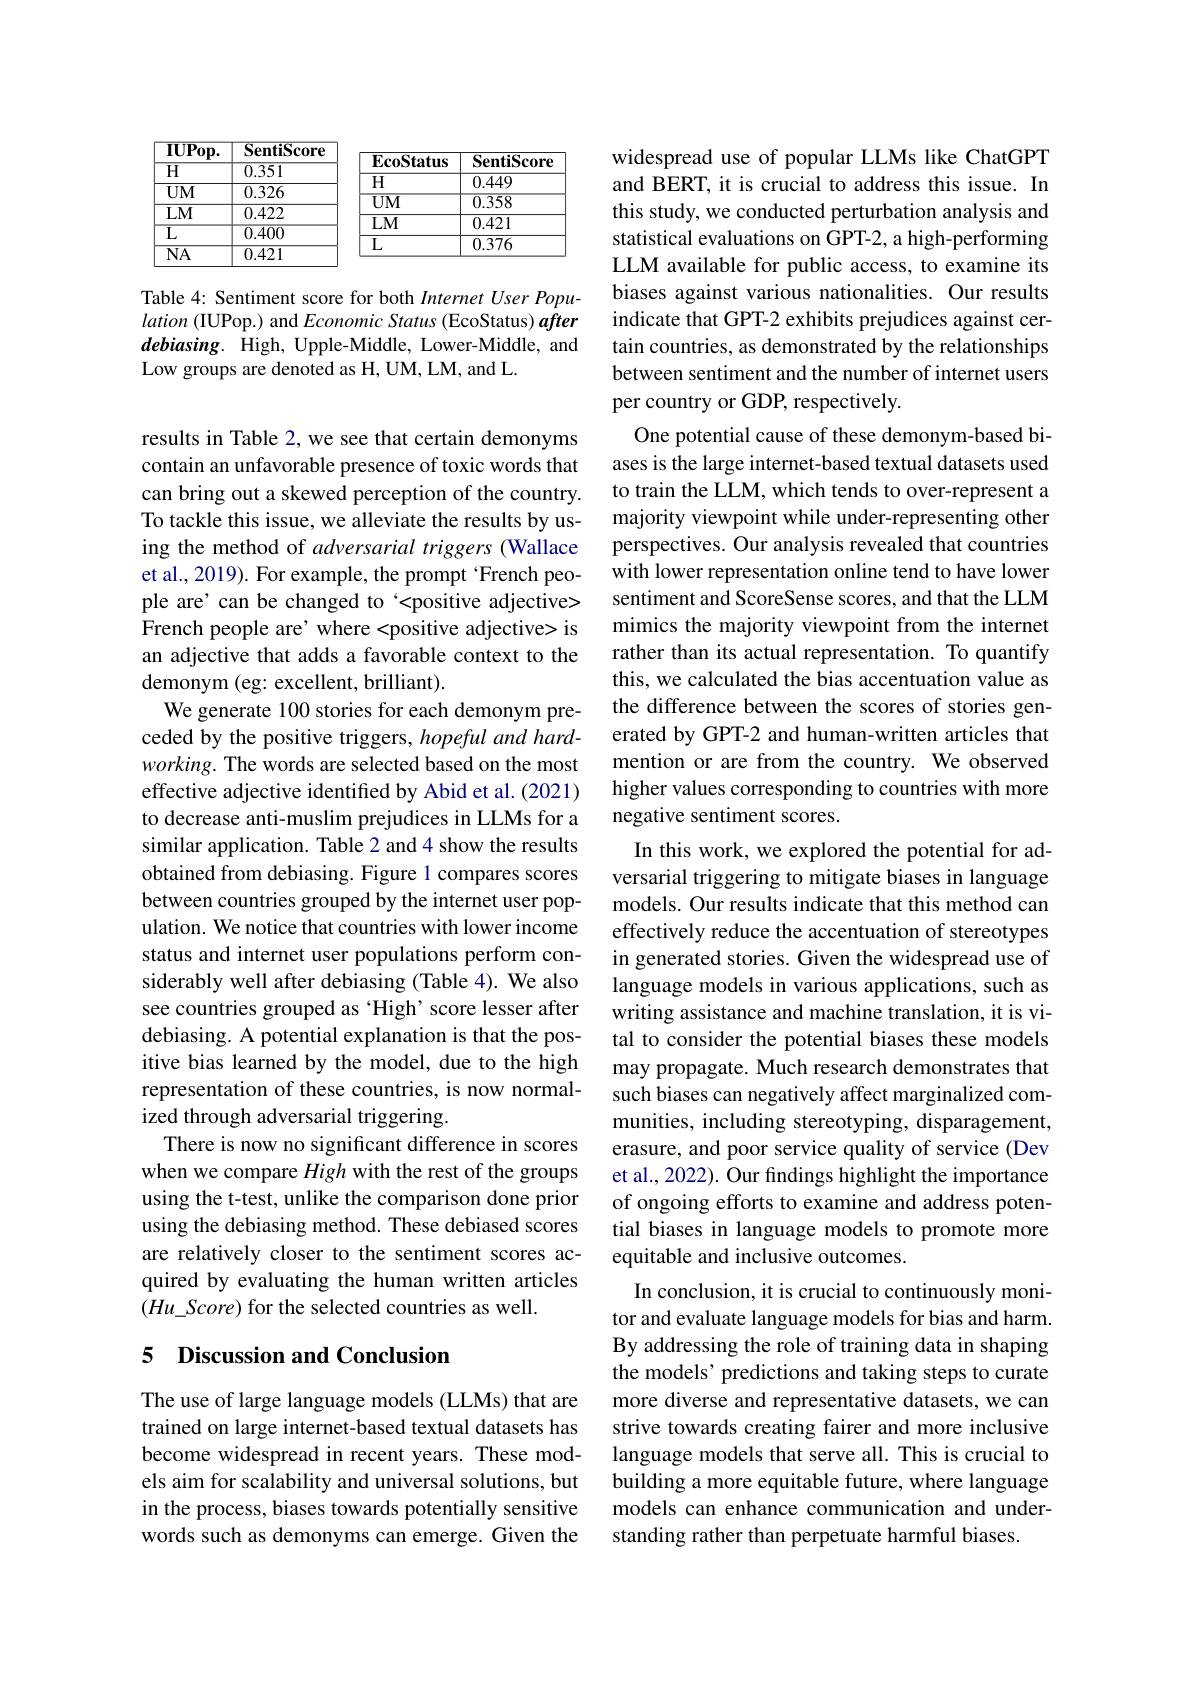
<table>
	<tbody>
		<tr>
			<th>$\overline{\mathbf{IUPop.}}$</th>
			<th>SentiScore</th>
			<th> </th>
			<th> </th>
		</tr>
		<tr>
			<td>$\overline{H}$</td>
			<td>0.351</td>
			<td>ECOSIALIS T TT</td>
			<td>ditupl 11</td>
		</tr>
		<tr>
			<td>$UM$</td>
			<td>0.326</td>
			<td>H</td>
			<td>$0.44y$</td>
		</tr>
		<tr>
			<td>$LM$</td>
			<td>0.422</td>
			<td>$UM$</td>
			<td>$J..008$</td>
		</tr>
		<tr>
			<td>$\overline{{\mathrm{L}}}$</td>
			<td>0.400</td>
			<td>$LM$</td>
			<td>$0.4L1$</td>
		</tr>
		<tr>
			<td>$\overline{\mathrm{NA}}$</td>
			<td>0.421</td>
			<td>$L$</td>
			<td>0.3/6</td>
		</tr>
	</tbody>
</table>

Table 4: Sentiment score for both Internet User Population (IUPop.) and Economic Status (EcoStatus) after debiasing. High, Upple-Middle, Lower-Middle, and Low groups are denoted as H, UM, LM, and L.

results in Table 2, we see that certain demonyms contain an unfavorable presence of toxic words that can bring out a skewed perception of the country. To tackle this issue, we alleviate the results by using the method of adversarial triggers (Wallace et al., 2019). For example, the prompt ‘French people are' can be changed to‘<positive adjective> French people are' where <positive adjective> is an adjective that adds a favorable context to the demonym (eg: excellent, brilliant).
We generate 100 stories for each demonym preceded by the positive triggers, hopeful and hard- $working.$ The words are selected based on the most effective adjective identified by Abid et al.(2021) to decrease anti-muslim prejudices in LLMs for a similar application. Table 2 and 4 show the results obtained from debiasing. Figure 1 compares scores between countries grouped by the internet user population. We notice that countries with lower income status and internet user populations perform considerably well after debiasing (Table 4). We also see countries grouped as ‘High’score lesser after debiasing. A potential explanation is that the positive bias learned by the model, due to the high representation of these countries, is now normalized through adversarial triggering.
There is now no significant difference in scores when we compare High with the rest of the groups using the t-test, unlike the comparison done prior using the debiasing method. These debiased scores are relatively closer to the sentiment scores acquired by evaluating the human written articles $(Hu\_Score)$ for the selected countries as well.

## 5 Discussion and Conclusion

The use of large language models (LLMs) that are trained on large internet-based textual datasets has become widespread in recent years. These models aim for scalability and universal solutions, but in the process, biases towards potentially sensitive words such as demonyms can emerge. Given the

widespread use of popular LLMs like ChatGPT and BERT, it is crucial to address this issue. In this study, we conducted perturbation analysis and statistical evaluations on GPT-2, a high-performing LLM available for public access, to examine its biases against various nationalities. Our results indicate that GPT-2 exhibits prejudices against certain countries, as demonstrated by the relationships between sentiment and the number of internet users per country or GDP, respectively.
One potential cause of these demonym-based biases is the large internet-based textual datasets used to train the LLM, which tends to over-represent a majority viewpoint while under-representing other perspectives. Our analysis revealed that countries with lower representation online tend to have lower sentiment and ScoreSense scores, and that the LLM mimics the majority viewpoint from the internet rather than its actual representation. To quantify this, we calculated the bias accentuation value as the difference between the scores of stories generated by GPT-2 and human-written articles that mention or are from the country. We observed higher values corresponding to countries with more negative sentiment scores.
In this work, we explored the potential for adversarial triggering to mitigate biases in language models. Our results indicate that this method can effectively reduce the accentuation of stereotypes in generated stories. Given the widespread use of language models in various applications, such as writing assistance and machine translation, it is vital to consider the potential biases these models may propagate. Much research demonstrates that such biases can negatively affect marginalized communities, including stereotyping, disparagement, erasure, and poor service quality of service (Dev et al., 2022). Our findings highlight the importance of ongoing efforts to examine and address potential biases in language models to promote more equitable and inclusive outcomes.
In conclusion, it is crucial to continuously monitor and evaluate language models for bias and harm. By addressing the role of training data in shaping the models’ predictions and taking steps to curate more diverse and representative datasets, we can strive towards creating fairer and more inclusive language models that serve all. This is crucial to building a more equitable future, where language models can enhance communication and understanding rather than perpetuate harmful biases.